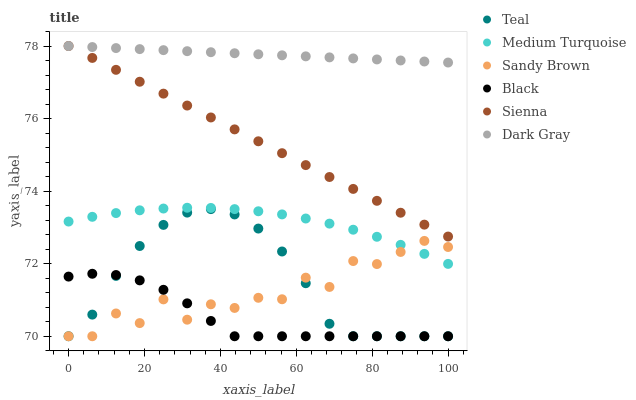
| xaxis_label | Teal | Medium Turquoise | Sandy Brown | Black | Sienna | Dark Gray |
 | --- | --- | --- | --- | --- | --- | --- |
 | 0 | 70 | 73.2 | 70 | 71.6 | 78 | 78 |
 | 6.25 | 70.6 | 73.3 | 70 | 71.7 | 77.7 | 78 |
 | 12.5 | 71.7 | 73.4 | 70.6 | 71.7 | 77.3 | 77.9 |
 | 18.8 | 72.5 | 73.5 | 70.4 | 71.5 | 77 | 77.9 |
 | 25 | 73.1 | 73.5 | 71 | 71.3 | 76.7 | 77.9 |
 | 31.2 | 73.4 | 73.5 | 70.5 | 70.9 | 76.4 | 77.9 |
 | 37.5 | 73.5 | 73.5 | 70.9 | 70.4 | 76 | 77.8 |
 | 43.8 | 73.4 | 73.5 | 70.8 | 70 | 75.7 | 77.8 |
 | 50 | 73 | 73.4 | 71.1 | 70 | 75.4 | 77.8 |
 | 56.2 | 72.3 | 73.4 | 71 | 70 | 75 | 77.7 |
 | 62.5 | 71.5 | 73.2 | 71.6 | 70 | 74.7 | 77.7 |
 | 68.8 | 70.3 | 73.1 | 71.4 | 70 | 74.4 | 77.7 |
 | 75 | 70 | 72.9 | 72.1 | 70 | 74.1 | 77.7 |
 | 81.2 | 70 | 72.7 | 72 | 70 | 73.7 | 77.6 |
 | 87.5 | 70 | 72.5 | 72.3 | 70 | 73.4 | 77.6 |
 | 93.8 | 70 | 72.3 | 72.6 | 70 | 73.1 | 77.6 |
 | 100 | 70 | 72 | 72.5 | 70 | 72.7 | 77.5 |